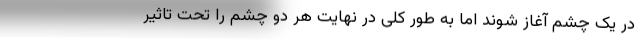
در یک چشم آغاز شوند اما به طور کلی در نهایت هر دو چشم را تحت تاثیر